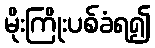
မိုးကြိုးပစ်ခံရ၍